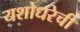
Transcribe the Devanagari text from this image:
यशोधरेची